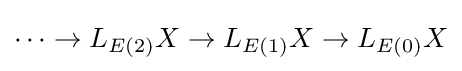
\cdots \rightarrow L_{E(2)}X\rightarrow L_{E(1)}X\rightarrow L_{E(0)}X